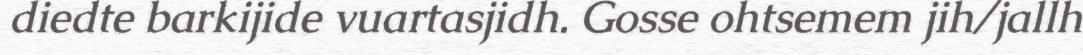
diedte barkijide vuartasjidh. Gosse ohtsemem jih/jallh